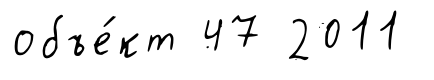
объе́кт 47 2011